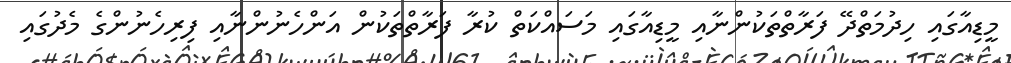
މީޑިއާގައި ހިދުމަތްދޭ ފަރާތްތަކުންނާއި މީޑިއާގައި މަސައްކަތް ކުރާ ފަރާތްތަކުން އަންހެނުންނާއި ފިރިހެނުންގެ މެދުގައި